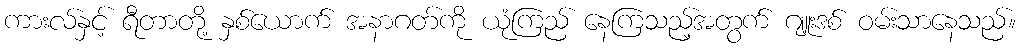
ကားလ်နှင့် ရီတာတို့ နှစ်ယောက် အနာဂတ်ကို ယုံကြည် နေကြသည့်အတွက် ဂျူးဒစ် ဝမ်းသာနေသည်။